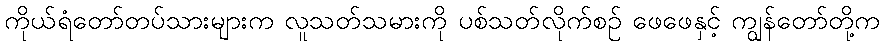
ကိုယ်ရံတော်တပ်သားများက လူသတ်သမားကို ပစ်သတ်လိုက်စဉ် ဖေဖေနှင့် ကျွန်တော်တို့က